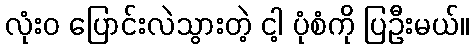
လုံးဝ ပြောင်းလဲသွားတဲ့ ငါ့ ပုံစံကို ပြဦးမယ်။